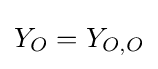
Y_{O}=Y_{O,O}